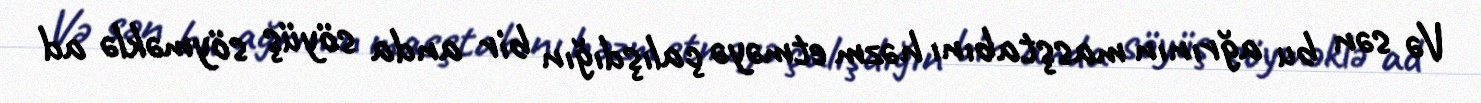
Və sən bu ağrının masştabını həzm etməyə çalışdığın bir anda söyüş söyməklə ad